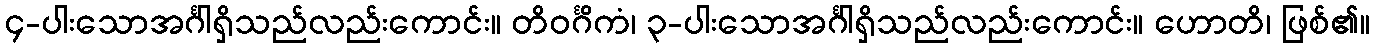
၄-ပါးသောအင်္ဂါရှိသည်လည်းကောင်း။ တိဝင်္ဂိကံ၊ ၃-ပါးသောအင်္ဂါရှိသည်လည်းကောင်း။ ဟောတိ၊ ဖြစ်၏။